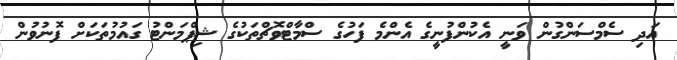
އަދި ސެމްސަންގުން ވަނީ އެކުންފުނީގެ އެންމެ ފަހުގެ ސްމާޓްވޮޗްތަކުގެ ޝިޕްމަންޓު ގައުމުތަކަށް ފޮނުވުން